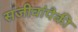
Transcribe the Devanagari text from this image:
सजीवांपैकी